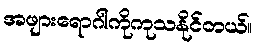
အဖျားရောဂါကိုကုသနိုင်တယ်။